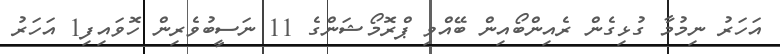
އަހަރު ނިމުމާ ގުޅިގެން ރެއިންބޯއިން ބޭއްވި ޕްރޮމޯޝަންގެ 11 ނަސީބުވެރިން ހޮވައިފި1 އަހަރު